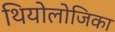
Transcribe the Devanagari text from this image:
थियोलोजिका